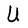
Character: U